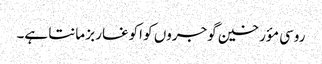
روسی مؤرخین گوجروں کو اکوغا ربز مانتا ہے۔